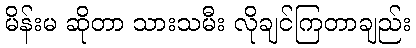
မိန်းမ ဆိုတာ သားသမီး လိုချင်ကြတာချည်း